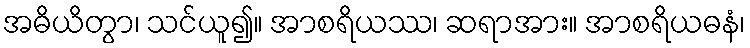
အဓိယိတွာ၊ သင်ယူ၍။ အာစရိယဿ၊ ဆရာအား။ အာစရိယဓနံ၊